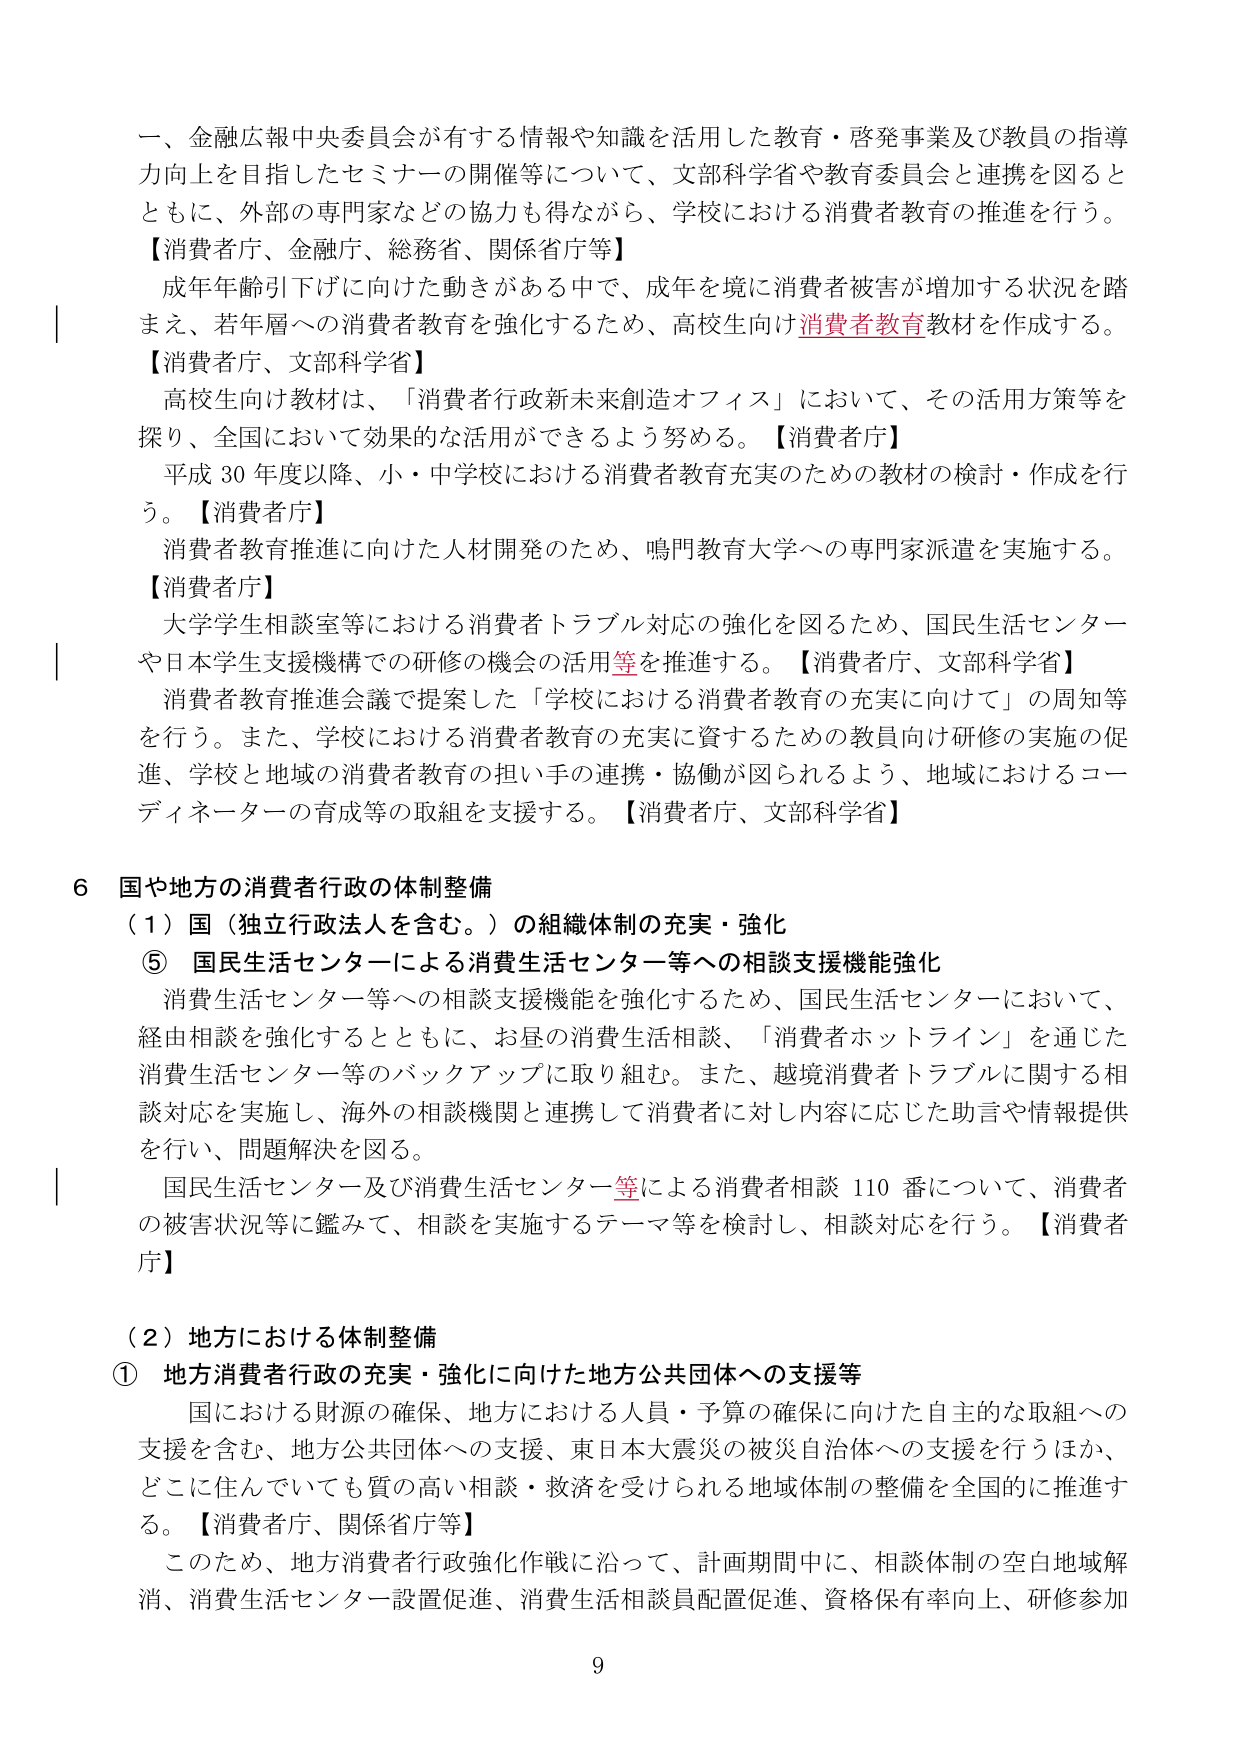
一、金融広報中央委員会が有する情報や知識を活用した教育・啓発事業及び教員の指導力向上を目指したセミナーの開催等について、文部科学省や教育委員会と連携を図るとともに、外部の専門家などの協力も得ながら、学校における消費者教育の推進を行う。
【消費者庁、金融庁、総務省、関係省庁等】
成年年齢引下げに向けた動きがある中で、成年を境に消費者被害が増加する状況を踏まえ、若年層への消費者教育を強化するため、高校生向け消費者教育教材を作成する。
【消費者庁、文部科学省】
高校生向け教材は、「消費者行政新未来創造オフィス」において、その活用方策等を探り、全国において効果的な活用ができるよう努める。【消費者庁】
平成30年度以降、小・中学校における消費者教育充実のための教材の検討・作成を行う。【消費者庁】
消費者教育推進に向けた人材開発のため、鳴門教育大学への専門家派遣を実施する。
【消費者庁】
大学生相談室等における消費者トラブル対応の強化を図るため、国民生活センター や日本学生支援機構での研修の機会の活用等を推進する。【消費者庁、文部科学省】
消費者教育推進会議で提案した「学校における消費者教育の充実に向けて」の周知等を行う。また、学校における消費者教育の充実に資するための教員向け研修の実施の促進、学校と地域の消費者教育の担い手の連携・協働が図られるよう、地域におけるコーディネーターの育成等の取組を支援する。【消費者庁、文部科学省】

6 国や地方の消費者行政の体制整備
（1）国（独立行政法人を含む。）の組織体制の充実・強化
⑤ 国民生活センターによる消費生活センター等への相談支援機能強化
消費生活センター等への相談支援機能を強化するため、国民生活センターにおいて、経由相談を強化するとともに、お昼の消費生活相談、「消費者ホットライン」を通じた消費生活センター等のバックアップに取り組む。また、越境消費者トラブルに関する相談対応を実施し、海外の相談機関と連携して消費者に対し内容に応じた助言や情報提供を行い、問題解決を図る。
国民生活センター及び消費生活センター等による消費者相談110番について、消費者の被害状況等に鑑みて、相談を実施するテーマ等を検討し、相談対応を行う。【消費者庁】

（2）地方における体制整備
① 地方消費者行政の充実・強化に向けた地方公共団体への支援等
国における財源の確保、地方における人員・予算の確保に向けた自主的な取組への支援を含む、地方公共団体への支援、東日本大震災の被災自治体への支援を行うほか、どこに住んでいても質の高い相談・救済を受けられる地域体制の整備を全国的に推進する。【消費者庁、関係省庁等】
このため、地方消費者行政強化作戦に沿って、計画期間中に、相談体制の空白地域解消、消費生活センター設置促進、消費生活相談員配置促進、資格保有率向上、研修参加

9